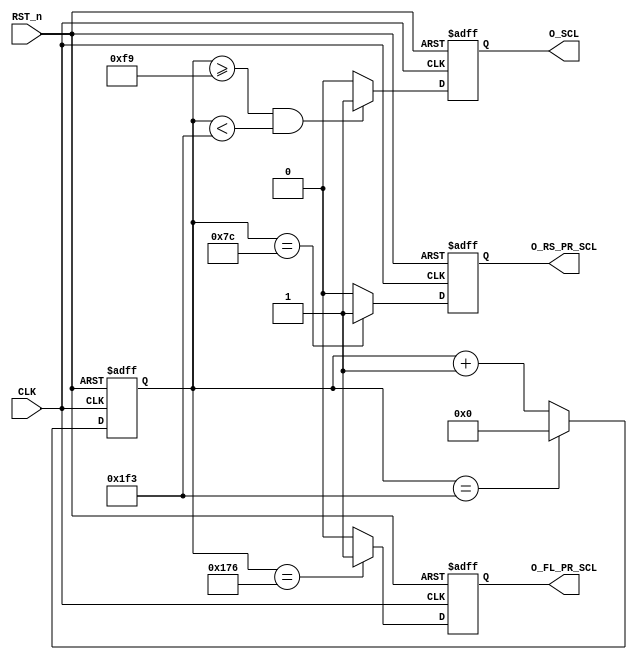
module i2c_clk_div
    #(parameter FPGA_CLK = 50_000_000,             // FPGA frequency 50 MHz
      parameter I2C_CLK  = 100_000)                // I2C bus frequency 100 KHz                   
    (CLK, RST_n, 
     O_SCL, O_RS_PR_SCL, O_FL_PR_SCL);
    
    
    localparam DIV_CLK     = (FPGA_CLK / I2C_CLK); // the I2C bus frequency
    localparam DIV_CLK_1_4 = DIV_CLK / 4;          // 1/4 of the I2C bus frequency
    localparam DIV_WIDTH   = $clog2(DIV_CLK);      //  counter widht for div 
//  input signals    
    input wire          CLK;                       // clock 50 MHz
    input wire          RST_n;                     // asynchronous reset_n
//  output signals
    output reg          O_SCL;                     // serial clock from i2c_clk_div
    output reg          O_RS_PR_SCL;               // rising edge o_prev_scl for sda
    output reg          O_FL_PR_SCL;               // falling edge o_prev_scl for sda
//  internal signals    
    reg [DIV_WIDTH-1:0] cnt_clk;                   // counter clock
    reg [DIV_WIDTH-1:0] nx_cnt_clk;                // next counter clock                 
    wire                nx_o_scl;                  // serial clock from i2c_clk_div      
    wire                nx_o_rs_pr_scl;            // rising edge next_o_prev_scl for sda
    wire                nx_o_fl_pr_scl;            // falling edge next_o_prev_scl for sda


//  determining output signals next state 
    assign nx_o_rs_pr_scl = (cnt_clk == DIV_CLK_1_4 - 1'b1) ? 1'b1 : 1'b0;
    assign nx_o_fl_pr_scl = (cnt_clk == DIV_CLK_1_4 * 3 - 1'b1) ? 1'b1 : 1'b0;
    assign nx_o_scl       = ((cnt_clk >= DIV_CLK_1_4 * 2 - 1'b1) && (cnt_clk < DIV_CLK - 1'b1)) ? 1'b1 : 1'b0;   
        
//  latching next state counter and output signals
    always @(posedge CLK or negedge RST_n) begin
      if (!RST_n)
        begin
          cnt_clk     <= {DIV_WIDTH{1'b0}};
          O_SCL       <= 1'b0;
          O_RS_PR_SCL <= 1'b0;
          O_FL_PR_SCL <= 1'b0;
        end
      else
        begin
          if (cnt_clk == DIV_CLK - 1'b1)
            cnt_clk   <= {DIV_WIDTH{1'b0}};
          else 
            cnt_clk   <= cnt_clk + 1'b1; 
//------------------------------------------------------            
          O_SCL       <= nx_o_scl;
          O_RS_PR_SCL <= nx_o_rs_pr_scl;
          O_FL_PR_SCL <= nx_o_fl_pr_scl;
        end
    end

    
endmodule